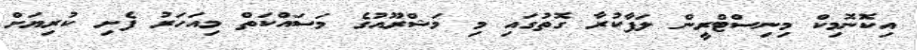
އިކޮނޮމިކް މިނިސްޓްރީން ލަފާކުރާ ގޮތުގައި މި މަޝްރޫއުގެ މަސައްކަތް މިއަހަރު ފެށި ކުރިޔަށް